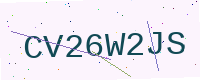
Text: CV26W2JS